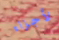
لأجزاء